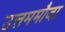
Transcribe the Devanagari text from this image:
उत्तममौजा